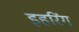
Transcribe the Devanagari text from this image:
इहरिंग